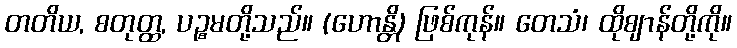
တတိယ, စတုတ္ထ, ပဉ္စမတို့သည်။ (ဟောန္တိ) ဖြစ်ကုန်။ တေသံ၊ ထိုဈာန်တို့ကို။